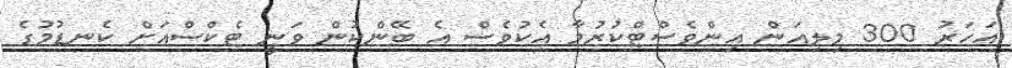
އަހަރު 300 މިލިއަން އިންވެސްޓްކުރުމާ އެކުވެސް އެ ބޭންކުން ވަނީ ޓެކްސްއަށް ކެނޑުމުގެ